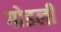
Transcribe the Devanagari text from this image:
गोडली